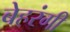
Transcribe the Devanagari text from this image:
बेहरंगी